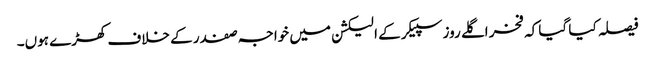
فیصلہ کیا گیا کہ فخر اگلے روز سپیکر کے الیکشن میں خواجہ صفدر کے خلاف کھڑے ہوں۔